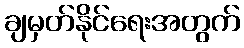
ချမှတ်နိုင်ရေးအတွက်